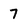
Character: 7